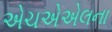
એચએએલના